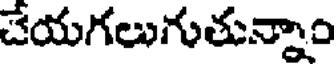
చేయగలుగుతున్నాం